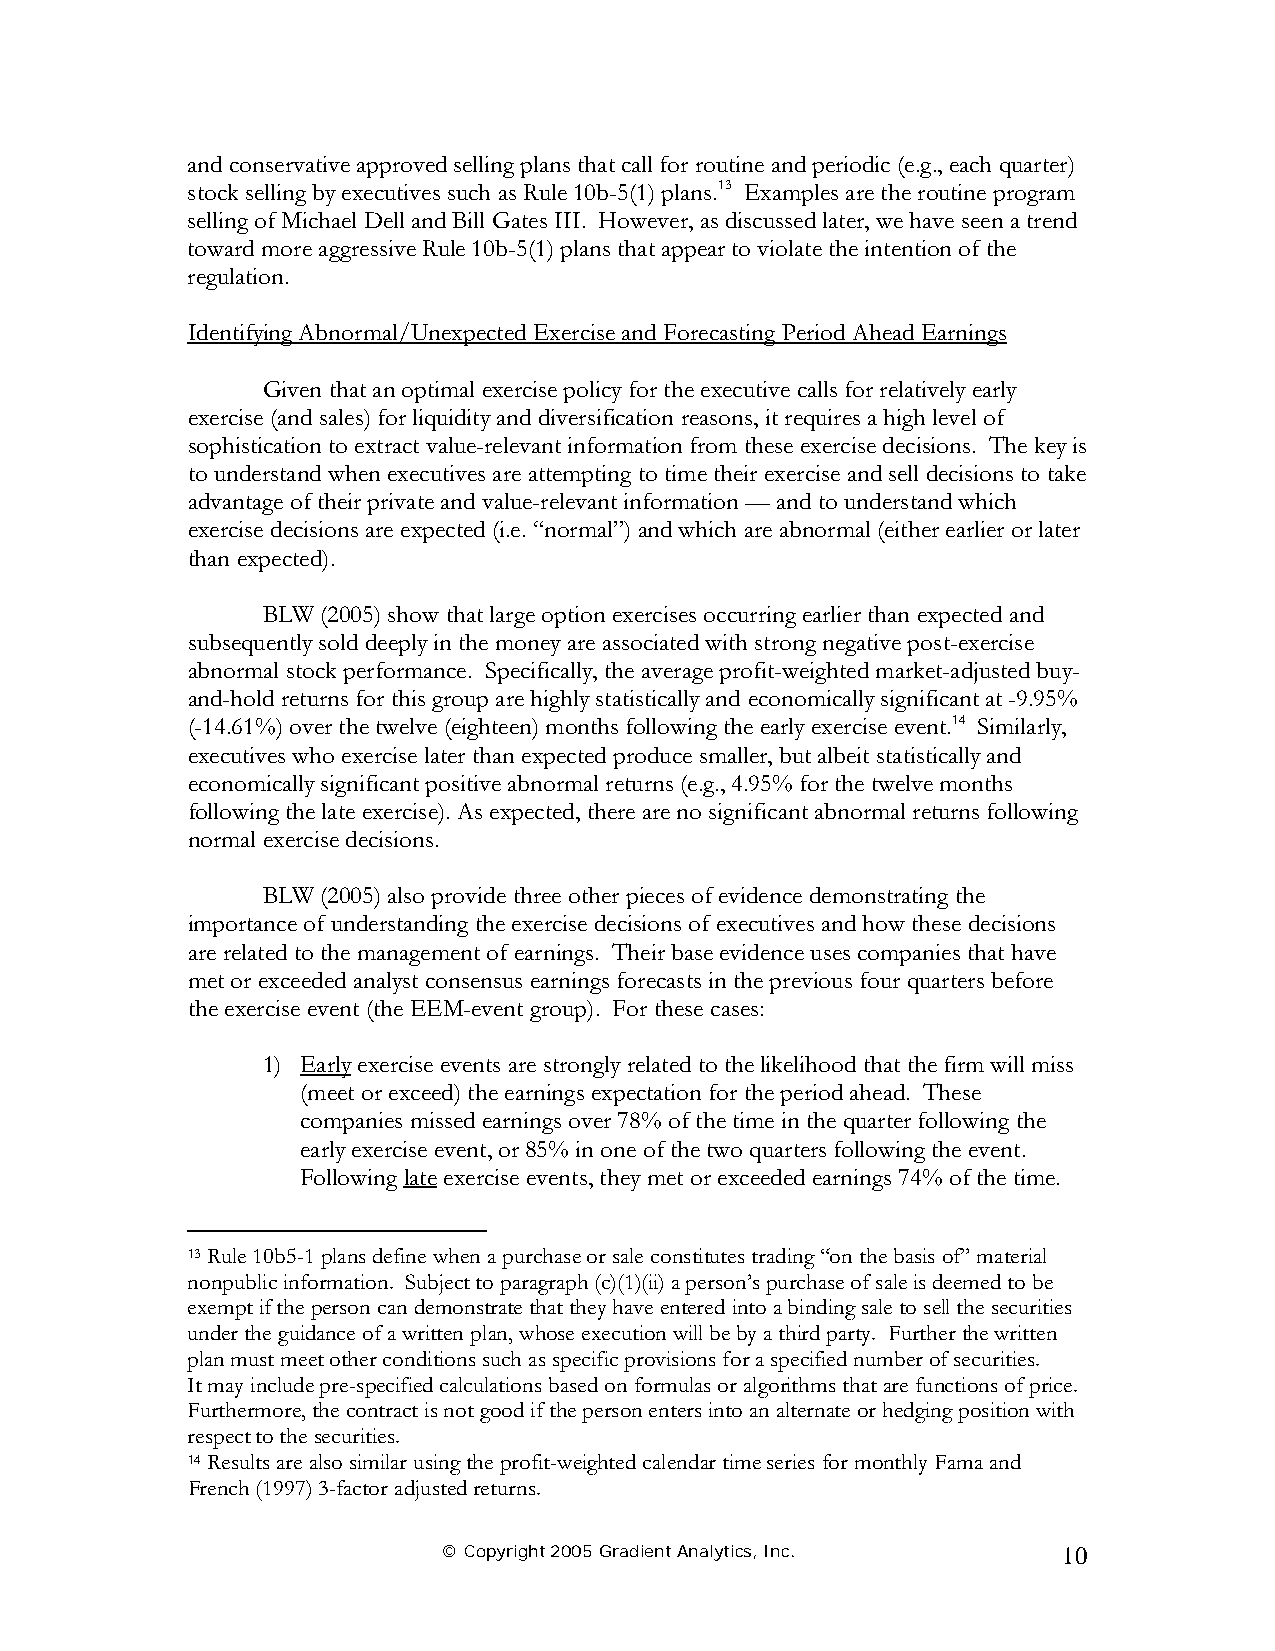
and conservative approved selling plans that call for routine and periodic (e.g., each quarter)
 stock selling by executives such as Rule 10b-5(1) plans.13 Examples are the routine program
 selling of Michael Dell and Bill Gates III. However, as discussed later, we have seen a trend
 toward more aggressive Rule 10b-5(1) plans that appear to violate the intention of the
 regulation.
 Identifying Abnormal/Unexpected Exercise and Forecasting Period Ahead Earnings
 Given that an optimal exercise policy for the executive calls for relatively early
 exercise (and sales) for liquidity and diversification reasons, it requires a high level of
 sophistication to extract value-relevant information from these exercise decisions. The key is
 to understand when executives are attempting to time their exercise and sell decisions to take
 advantage of their private and value-relevant information — and to understand which
 exercise decisions are expected (i.e. “normal”) and which are abnormal (either earlier or later
 than expected).
 BLW (2005) show that large option exercises occurring earlier than expected and
 subsequently sold deeply in the money are associated with strong negative post-exercise
 abnormal stock performance. Specifically, the average profit-weighted market-adjusted buy-
 and-hold returns for this group are highly statistically and economically significant at -9.95%
 (-14.61%) over the twelve (eighteen) months following the early exercise event.14 Similarly,
 executives who exercise later than expected produce smaller, but albeit statistically and
 economically significant positive abnormal returns (e.g., 4.95% for the twelve months
 following the late exercise). As expected, there are no significant abnormal returns following
 normal exercise decisions.
 BLW (2005) also provide three other pieces of evidence demonstrating the
 importance of understanding the exercise decisions of executives and how these decisions
 are related to the management of earnings. Their base evidence uses companies that have
 met or exceeded analyst consensus earnings forecasts in the previous four quarters before
 the exercise event (the EEM-event group). For these cases:
 1) Early exercise events are strongly related to the likelihood that the firm will miss
 (meet or exceed) the earnings expectation for the period ahead. These
 companies missed earnings over 78% of the time in the quarter following the
 early exercise event, or 85% in one of the two quarters following the event.
 Following late exercise events, they met or exceeded earnings 74% of the time.
 13 Rule 10b5-1 plans define when a purchase or sale constitutes trading “on the basis of” material
 nonpublic information. Subject to paragraph (c)(1)(ii) a person’s purchase of sale is deemed to be
 exempt if the person can demonstrate that they have entered into a binding sale to sell the securities
 under the guidance of a written plan, whose execution will be by a third party. Further the written
 plan must meet other conditions such as specific provisions for a specified number of securities.
 It may include pre-specified calculations based on formulas or algorithms that are functions of price.
 Furthermore, the contract is not good if the person enters into an alternate or hedging position with
 respect to the securities.
 14 Results are also similar using the profit-weighted calendar time series for monthly Fama and
 French (1997) 3-factor adjusted returns.
 © Copyright 2005 Gradient Analytics, Inc. 10